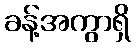
ခန့်အကွာရှိ